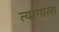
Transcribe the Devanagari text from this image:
त्यागाला